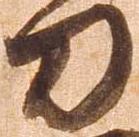
刀